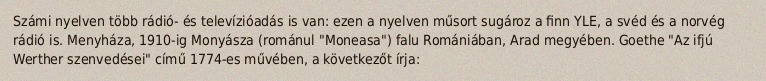
Számi nyelven több rádió- és televízióadás is van: ezen a nyelven műsort sugároz a finn YLE, a svéd és a norvég rádió is. Menyháza, 1910-ig Monyásza (románul "Moneasa") falu Romániában, Arad megyében. Goethe "Az ifjú Werther szenvedései" című 1774-es művében, a következőt írja: